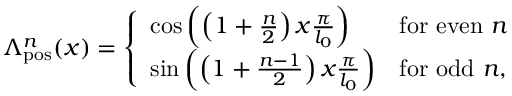
\Lambda _ { \mathrm { p o s } } ^ { n } ( x ) = \left\{ \begin{array} { l l } { \mathrm { c o s } \left( \left( 1 + \frac { n } { 2 } \right) x \frac { \pi } { l _ { 0 } } \right) } & { \mathrm { f o r ~ e v e n ~ } n } \\ { \mathrm { s i n } \left( \left( 1 + \frac { n - 1 } { 2 } \right) x \frac { \pi } { l _ { 0 } } \right) } & { \mathrm { f o r ~ o d d ~ } n , } \end{array} \right.